DOW-UAP-D49, Launch Summary, Vandenberg AFB, 2000
Agency: Department of War
Incident date: 2/3/00
Page 110
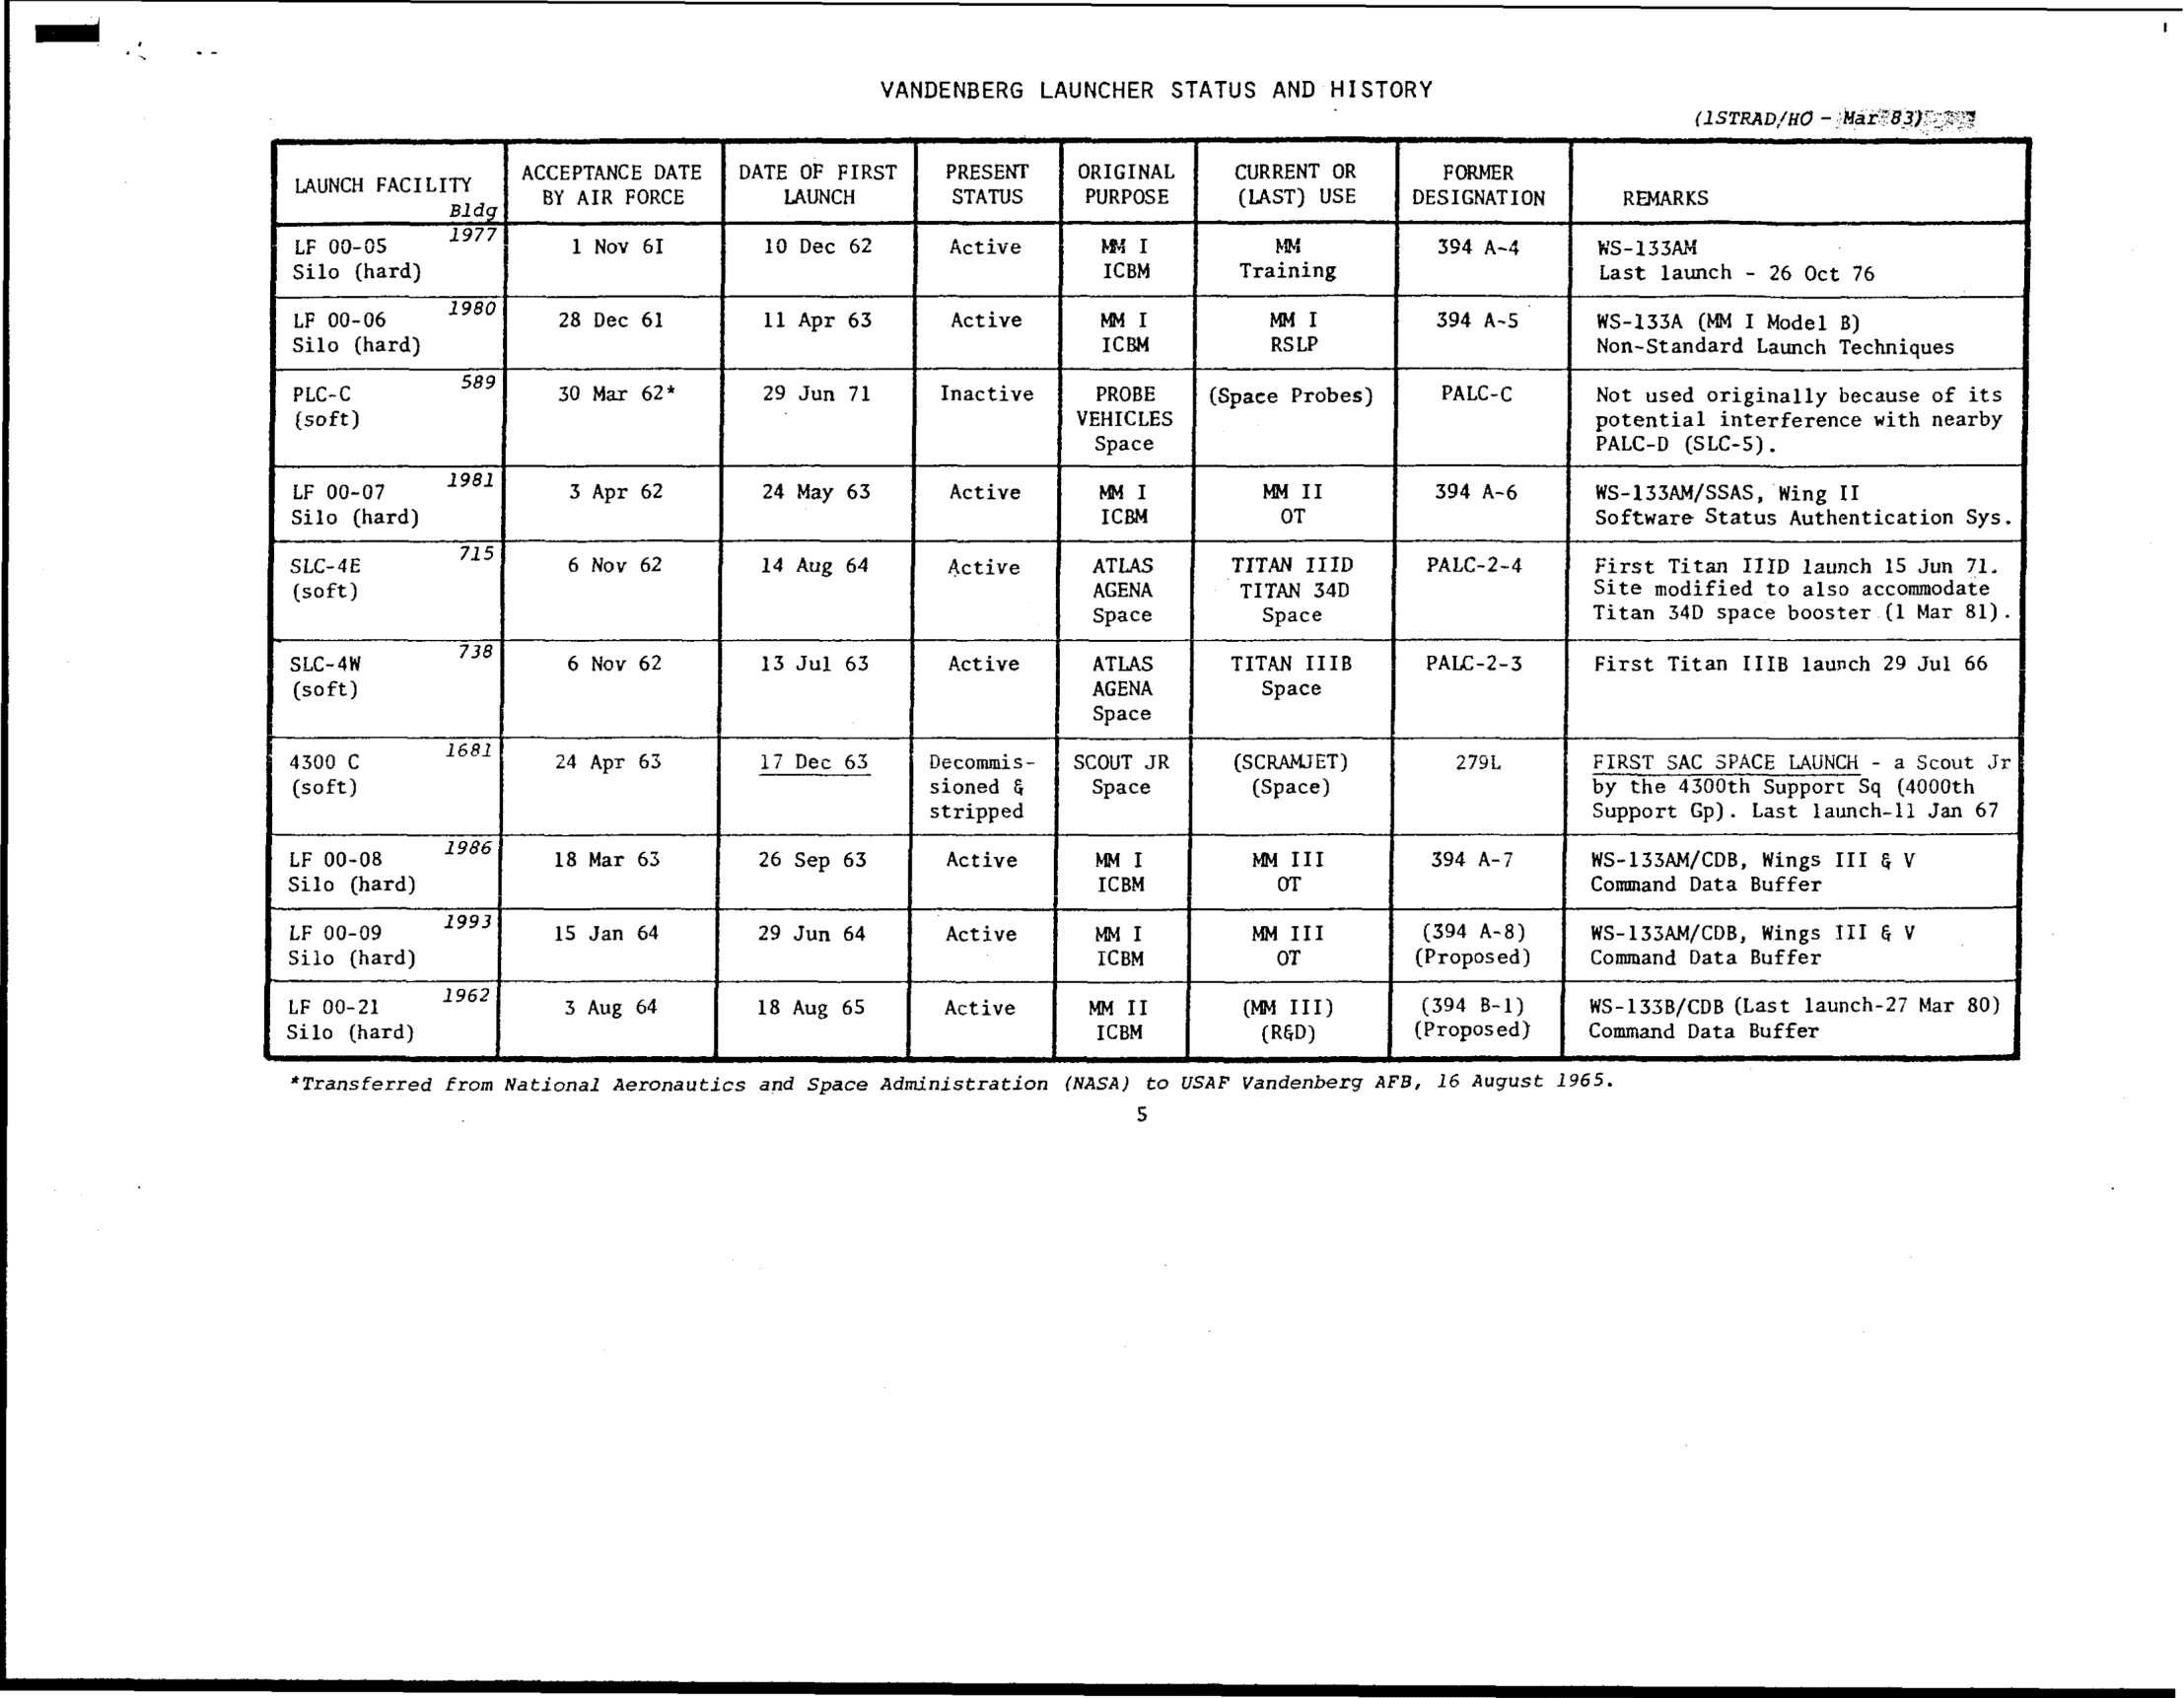